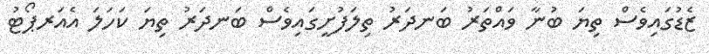
ޒެޑުގައިވެސް ތިޔަ ބުނާ ވައްތަރު ބަނދަރު ތިލަފުށީގައިވެސް ބަނދަރު ތިޔަ ކަހަލަ އެއަރޕޯޓު